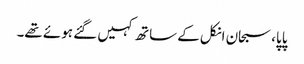
پاپا، سبحان انکل کے ساتھ کہیں گئے ہوئے تھے۔